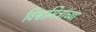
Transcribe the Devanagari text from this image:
विश्वामित्रांच्या